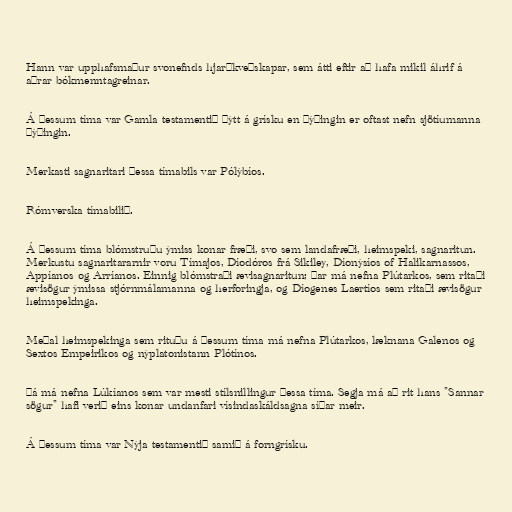
Hann var upphafsmaður svonefnds hjarðkveðskapar, sem átti eftir að hafa mikil áhrif á
aðrar bókmenntagreinar.

Á þessum tíma var Gamla testamentið þýtt á grísku en þýðingin er oftast nefn sjötíumanna
þýðingin.

Merkasti sagnaritari þessa tímabils var Pólýbíos.

Rómverska tímabilið.

Á þessum tíma blómstruðu ýmiss konar fræði, svo sem landafræði, heimspeki, sagnaritun.
Merkustu sagnaritararnir voru Tímajos, Díodóros frá Sikiley, Díonýsíos of Halikarnassos,
Appíanos og Arríanos. Einnig blómstraði ævisagnaritun; þar má nefna Plútarkos, sem ritaði
ævisögur ýmissa stjórnmálamanna og herforingja, og Díogenes Laertíos sem ritaði ævisögur
heimspekinga.

Meðal heimspekinga sem rituðu á þessum tíma má nefna Plútarkos, læknana Galenos og
Sextos Empeirikos og nýplatonistann Plótínos.

Þá má nefna Lúkíanos sem var mesti stílsnillingur þessa tíma. Segja má að rit hans "Sannar
sögur" hafi verið eins konar undanfari vísindaskáldsagna síðar meir.

Á þessum tíma var Nýja testamentið samið á forngrísku.